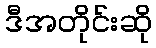
ဒီအတိုင်းဆို